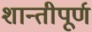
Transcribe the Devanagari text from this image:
शान्तीपूर्ण